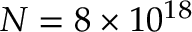
N = 8 \times 1 0 ^ { 1 8 }